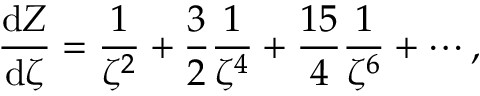
\frac { \mathrm { d } Z } { \mathrm { d } \zeta } = \frac { 1 } { \zeta ^ { 2 } } + \frac { 3 } { 2 } \frac { 1 } { \zeta ^ { 4 } } + \frac { 1 5 } { 4 } \frac { 1 } { \zeta ^ { 6 } } + \cdots ,